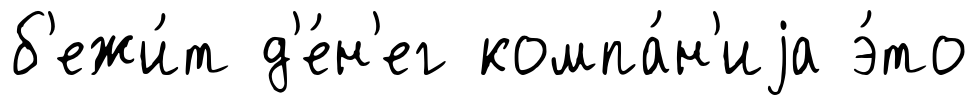
б'ежи́т д'е́н'ег компа́н'иjа э́то